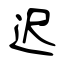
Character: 迟